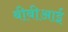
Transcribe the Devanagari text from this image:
बीबीआई